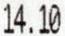
14.10